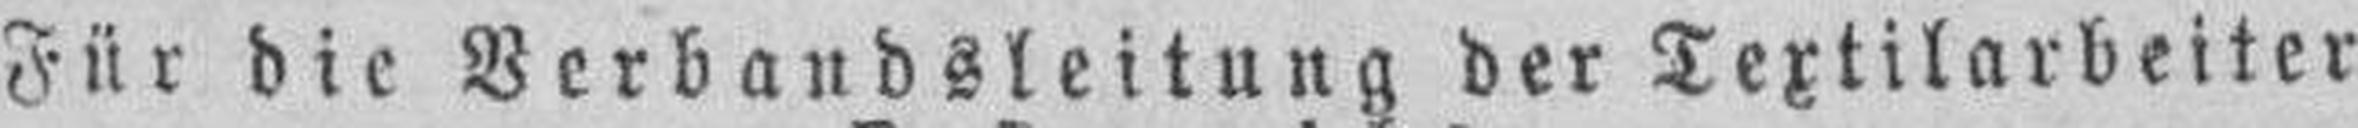
Für die Verbandsleitung der Textilarbeiter